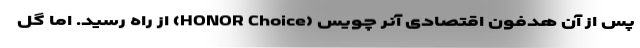
پس از آن هدفون اقتصادی آنر چویس (HONOR Choice) از راه رسید. اما گل